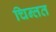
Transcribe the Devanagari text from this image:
चिन्तत